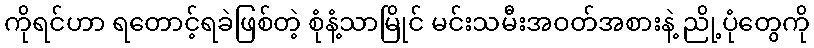
ကိုရင်ဟာ ရတောင့်ရခဲဖြစ်တဲ့ စုံနံ့သာမြိုင် မင်းသမီးအဝတ်အစားနဲ့ ညို့ပုံတွေကို